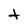
Character: t